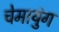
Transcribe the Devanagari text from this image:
चेमायुंग